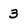
Character: 3